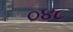
૦૪૮